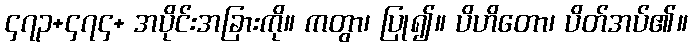
၄၇၃+၄၇၄+ အပိုင်းအခြားကို။ ကတွာ၊ ပြု၍။ ပိဟိတော၊ ပိတ်အပ်၏။